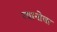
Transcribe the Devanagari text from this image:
ग्यानोबा